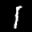
Label: 1